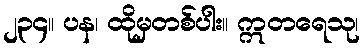
၂၃၄။ ပန၊ ထိုမှတစ်ပါး။ ဣတရေသု၊